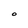
Character: O